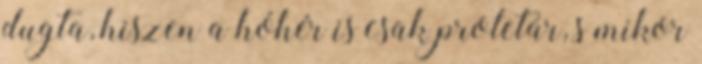
dugta, hiszen a hóhér is csak proletár, s mikor